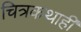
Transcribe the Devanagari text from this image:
चित्रकथाही